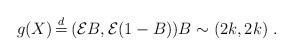
LaTeX: \begin{align*}g(X) \,{\buildrel d \over =}\, (\mathcal EB, \mathcal E(1-B)) B \sim (2k,2k)\;.\end{align*}